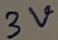
Text: 3V